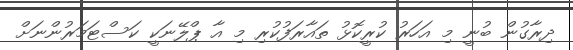
ދިރާގުން ބުނީ މި އަހަރު ކުރީކޮޅު ތައާރަފުކުރި މި އާ ޕްލޭނަކީ ކަސްޓަމަރުންނަށް